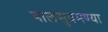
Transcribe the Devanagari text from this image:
बालसुब्रमण्या